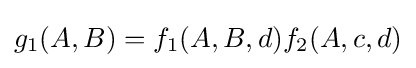
g_{1}(A,B)=f_{1}(A,B,d)f_{2}(A,c,d)